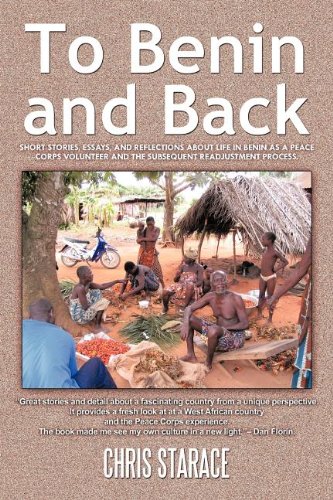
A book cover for To Benin and Back: Short Stories, Essays, and Reflections About Life in Benin as a Peace Corps Volunteer and the Subsequent Readjustment Process.; Chris Starace; Travel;